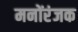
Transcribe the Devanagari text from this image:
मनोंरंजक